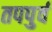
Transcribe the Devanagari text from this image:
तपपुर्व